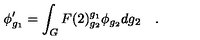
\phi _ { g _ { 1 } } ^ { \prime } = \int _ { G } F ( 2 ) _ { g _ { 2 } } ^ { g _ { 1 } } \phi _ { g _ { 2 } } d g _ { 2 } \quad .